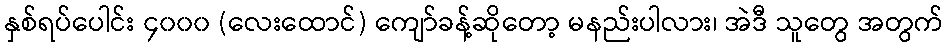
နှစ်ရပ်ပေါင်း ၄၀၀၀ (လေးထောင်) ကျော်ခန့်ဆိုတော့ မနည်းပါလား၊ အဲဒီ သူတွေ အတွက်